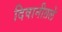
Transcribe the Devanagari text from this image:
दिवानीतले